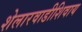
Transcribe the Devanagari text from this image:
शेलारवाडीशिवाय